Treatise on elephants
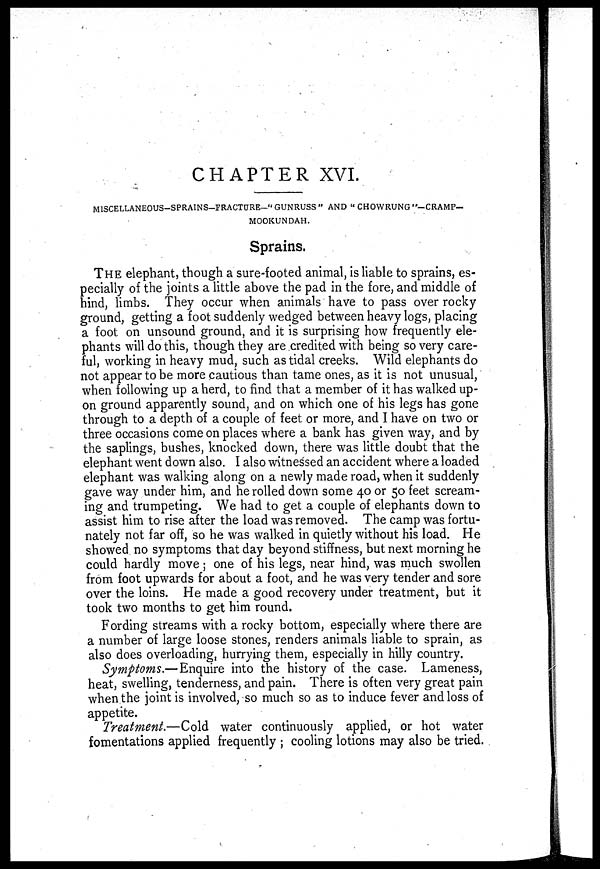
CHAPTER XVI.
MISCELLANEOUS-SPRAINS-FRACTURE-" GUNRUSS " AND " CHOWRUNG "-CRAMP—
MOOKUNDAH.
Sprains.
THE elephant, though a sure-footed animal, is liable to sprains, es-
pecially of the joints a little above the pad in the fore, and middle of
hind, limbs. They occur when animals have to pass over rocky
ground, getting a foot suddenly wedged between heavy logs, placing
a foot on unsound ground, and it is surprising how frequently ele-
phants will do this, though they are credited with being so very care-
ful, working in heavy mud, such as tidal creeks. Wild elephants do
not appear to be more cautious than tame ones, as it is not unusual,
when following up a herd, to find that a member of it has walked up-
on ground apparently sound, and on which one of his legs has gone
through to a depth of a couple of feet or more, and I have on two or
three occasions come on places where a bank has given way, and by
the saplings, bushes, knocked down, there was little doubt that the
elephant went down also. I also witnessed an accident where a loaded
elephant was walking along on a newly made road, when it suddenly
gave way under him, and he rolled down some 40 or 50 feet scream-
ing and trumpeting. We had to get a couple of elephants down to
assist him to rise after the load was removed. The camp was fortu-
nately not far off, so he was walked in quietly without his load. He
showed no symptoms that day beyond stiffness, but next morning he
could hardly move; one of his legs, near hind, was much swollen
from foot upwards for about a foot, and he was very tender and sore
over the loins. He made a good recovery under treatment, but it
took two months to get him round.
Fording streams with a rocky bottom, especially where there are
a number of large loose stones, renders animals liable to sprain, as
also does overloading, hurrying them, especially in hilly country.
Symptoms.—Enquire into the history of the case. Lameness,
heat, swelling, tenderness, and pain. There is often very great pain
when the joint is involved, so much so as to induce fever and loss of
appetite.
Treatment.—Cold water continuously applied, or hot water
fomentations applied frequently ; cooling lotions may also be tried.